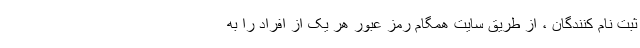
ثبت نام کنندگان ، از طریق سایت همگام رمز عبور هر یک از افراد را به